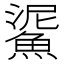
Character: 𩸧